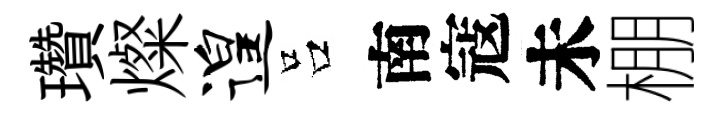
瓚燦遑吕南寇未棚